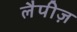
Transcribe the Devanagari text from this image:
लैपीज़